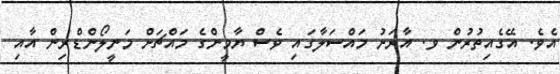
އެވެ. އޭގެއިތުރުން ވ. އާރަށު މައްސަލާގައި ވެސް ޔާމީންގެ މައްޗަށް މަނީލޯންޑްރިން އާއި